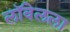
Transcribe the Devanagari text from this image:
लॉवेलला